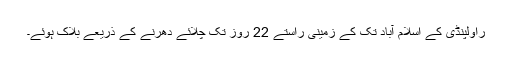
راولپنڈی کے اسلام آباد تک کے زمینی راستے 22 روز تک چلائے دھرنے کے ذریعے بلاک ہوئے۔